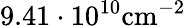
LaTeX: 9.41\cdot 10^{10}\mathrm{{cm}^{-2}}